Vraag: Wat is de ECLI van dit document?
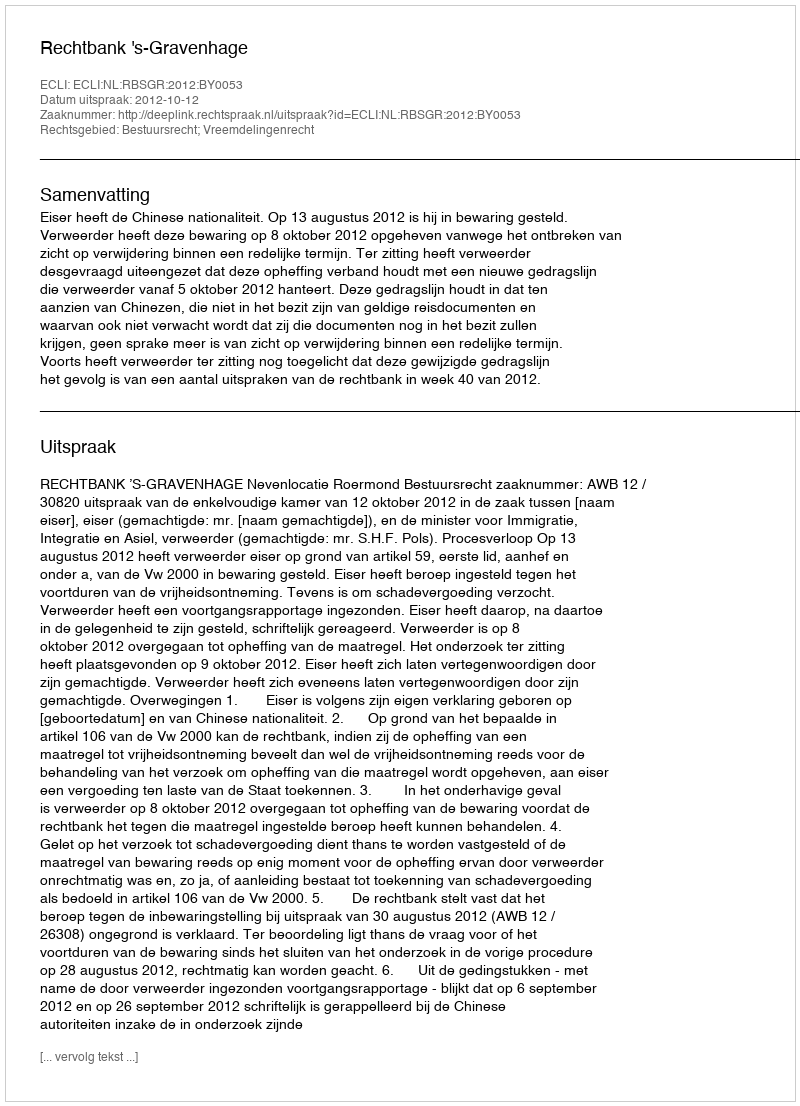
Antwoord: ECLI:NL:RBSGR:2012:BY0053